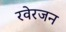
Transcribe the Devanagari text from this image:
रवेरजन